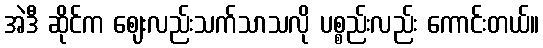
အဲဒီ ဆိုင်က ဈေးလည်းသက်သာသလို ပစ္စည်းလည်း ကောင်းတယ်။